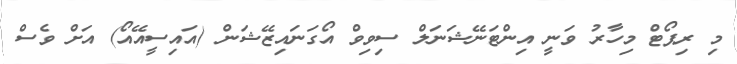
މި ރިޕޯޓް މިހާރު ވަނީ އިންޓަނޭޝަނަލް ސިވިވް އޯގަނައިޒޭޝަން (އައިސީއޭއޯ) އަށް ވެސް